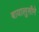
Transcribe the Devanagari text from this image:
बायालुसीमे